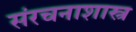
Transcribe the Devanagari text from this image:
संरचनाशास्त्र